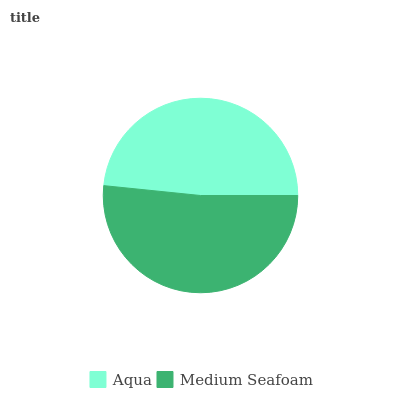
| Aqua | Medium Seafoam |
 | --- | --- |
 | 48.4% | 51.6% |